Rangoon Lunatic Asylum 1898-1906 - 1898-1906
Year: 1898
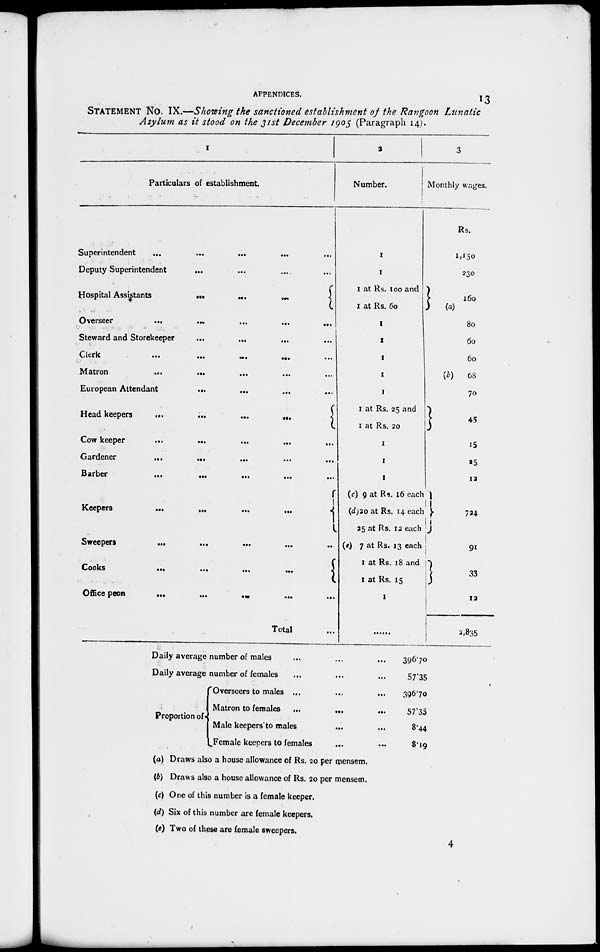
APPENDICES. 13
STATEMENT NO. IX.—Showing the sanctioned establishment of the Rangoon Lunatic
Asylum as it stood on the 31st December 1905 (Paragraph 14).
1
Particulars of establishment
Superintendent
... ... ... ... ... ...
Deputy Superintendent ... ... ... ...
Hospital Assistants ... ... ... ...
Overseer ... ... ... ... ...
Steward and Storekeeper
... ... ... ...
Clerk ... ... ... ... ...
Matron ... ... ... ... ...
European Attendant ... ... ... ...
Head keepers ... ... ... ...
Cow keeper ... ... ... ...
Gardener ... ... ... ... ...
Barber ... ... ... ... ...
Keepers ... ... ... ...
Sweepers ... ... ... ... ...
Cooks ... ... ... ...
Office peon ... ... ... ... ...
Total ...
2
Number.
1
1
1 at Rs. 100 and
1 at Rs. 60
l
1
1
1
1
1 at Rs. 25 and
1 at Rs. 20
1
1
1
(c) 9 at Rs. 16 each
(d)20 at Rs. 14 each
25 at Rs. 12 each
(e) 7 at Rs. 13 each
1 at Rs. 18 and
1 at Rs. 15
1
.........
3
Monthly wages.
Rs.
1,150
230
160
(a)
80
60
60
(b)
68
70
45
15
25
12
724
91
33
12
2,835
Daily average number of males ... ... ...
Daily average number of females ... ... ...
Proportion of
Overseers to males ... ... ...
Matron to females
...
... ...
Male keepers to males
... ...
Female keepers to females
(a) Draws also a house allowance of Rs. 20 per mensem.
(b) Draws also a house allowance of Rs. 20 per mensem.
(c) One of this number is a female keeper.
(d) Six of this number are female keepers.
(e) Two of these are female sweepers.
396.70
57.35
396.70
57.35
8.44
8.19
4